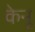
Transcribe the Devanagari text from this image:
केनू